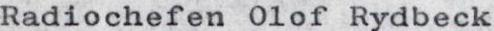
Radiochefen Olof Rydbeck